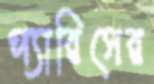
প্যারিসের